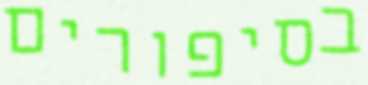
בסיפורים